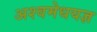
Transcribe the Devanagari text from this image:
अश्वमेधयज्ञ